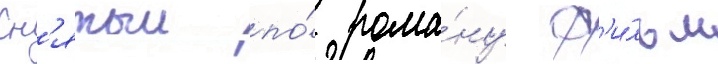
Сн'ятыи по́ рома́ну ф'и́льм